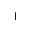
^ +